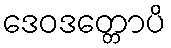
ဒေဝဒတ္တောပိ